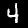
Digit: 4